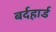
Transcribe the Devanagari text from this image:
बर्दहार्ड